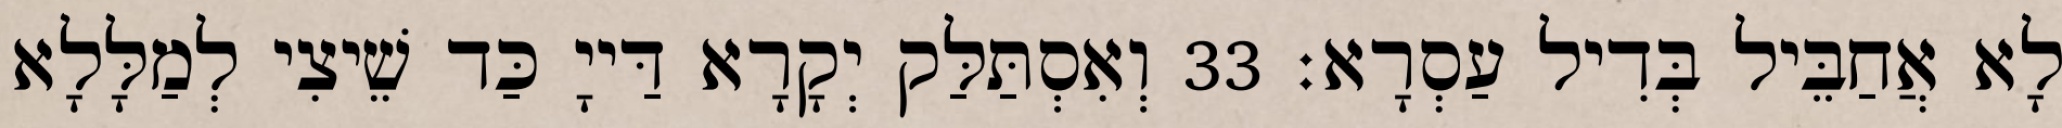
לָא אֲחַבֵּיל בְּדִיל עַסְרָא׃ 33 וְאִסְתַּלַּק יְקָרָא דַּייָ כַּד שֵׁיצִי לְמַלָּלָא